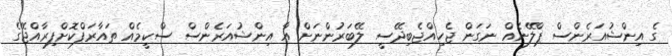
ގެ އިންޝުއަރެންސް ޕްލޭނެއް ނަގަން ޖެހިއްޖެބިދޭސީ ލޭބަރުންނަށް އާ އިންޝުއަރެންސް ސްކީމެއް ތައާރަފްކޮށްފިރާއްޖޭގެ